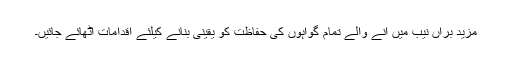
مزید برآں نیب میں آنے والے تمام گواہوں کی حفاظت کو یقینی بنانے کیلئے اقدامات اٹھائے جائیں۔